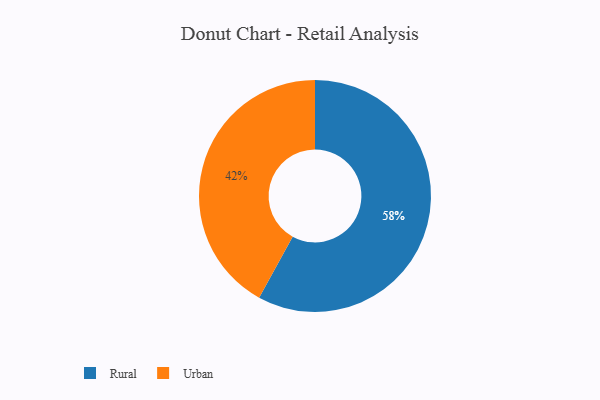
{"axis": {"x": "Category", "y": "Percentage"}, "legend": ["Rural", "Urban"], "data": [{"x": "Urban", "y": 42, "type": "Urban"}, {"x": "Rural", "y": 58, "type": "Rural"}]}